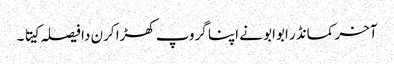
آخر کمانڈر ابوابو نے اپنا گروپ کھڑا کرن دا فیصلہ کیتا ۔